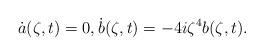
LaTeX: \begin{align*}\dot{a}(\zeta,t) = 0, \dot{b}(\zeta,t)= -4i\zeta^4 b(\zeta,t).\end{align*}